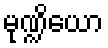
မုဏ္ဍိယော